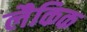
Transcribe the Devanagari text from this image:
लैकिक